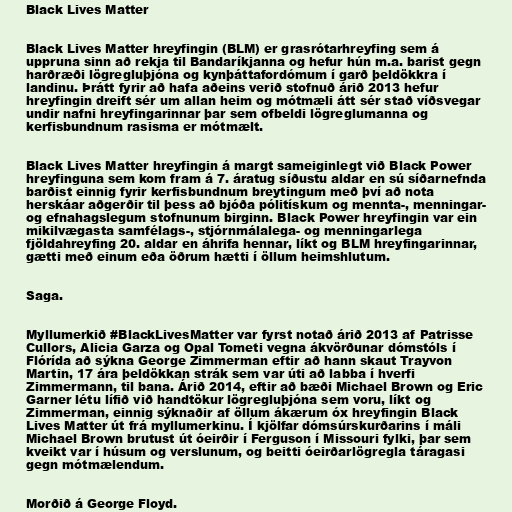
Black Lives Matter

Black Lives Matter hreyfingin (BLM) er grasrótarhreyfing sem á
uppruna sinn að rekja til Bandaríkjanna og hefur hún m.a. barist gegn
harðræði lögregluþjóna og kynþáttafordómum í garð þeldökkra í
landinu. Þrátt fyrir að hafa aðeins verið stofnuð árið 2013 hefur
hreyfingin dreift sér um allan heim og mótmæli átt sér stað víðsvegar
undir nafni hreyfingarinnar þar sem ofbeldi lögreglumanna og
kerfisbundnum rasisma er mótmælt.

Black Lives Matter hreyfingin á margt sameiginlegt við Black Power
hreyfinguna sem kom fram á 7. áratug síðustu aldar en sú síðarnefnda
barðist einnig fyrir kerfisbundnum breytingum með því að nota
herskáar aðgerðir til þess að bjóða pólitískum og mennta-, menningar-
og efnahagslegum stofnunum birginn. Black Power hreyfingin var ein
mikilvægasta samfélags-, stjórnmálalega- og menningarlega
fjöldahreyfing 20. aldar en áhrifa hennar, líkt og BLM hreyfingarinnar,
gætti með einum eða öðrum hætti í öllum heimshlutum.

Saga.

Myllumerkið #BlackLivesMatter var fyrst notað árið 2013 af Patrisse
Cullors, Alicia Garza og Opal Tometi vegna ákvörðunar dómstóls í
Flórída að sýkna George Zimmerman eftir að hann skaut Trayvon
Martin, 17 ára þeldökkan strák sem var úti að labba í hverfi
Zimmermann, til bana. Árið 2014, eftir að bæði Michael Brown og Eric
Garner létu lífið við handtökur lögregluþjóna sem voru, líkt og
Zimmerman, einnig sýknaðir af öllum ákærum óx hreyfingin Black
Lives Matter út frá myllumerkinu. Í kjölfar dómsúrskurðarins í máli
Michael Brown brutust út óeirðir í Ferguson í Missouri fylki, þar sem
kveikt var í húsum og verslunum, og beitti óeirðarlögregla táragasi
gegn mótmælendum.

Morðið á George Floyd.